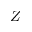
Z